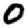
Digit: 0